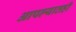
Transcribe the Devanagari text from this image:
आपल्यातही